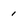
Character: 1